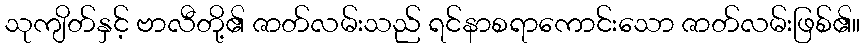
သုကျိတ်နှင့် ဗာလီတို့၏ ဇာတ်လမ်းသည် ရင်နာစရာကောင်းသော ဇာတ်လမ်းဖြစ်၏။